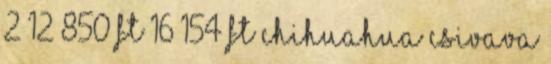
2 12 850 Ft 16 154 Ft Chihuahua Csivava